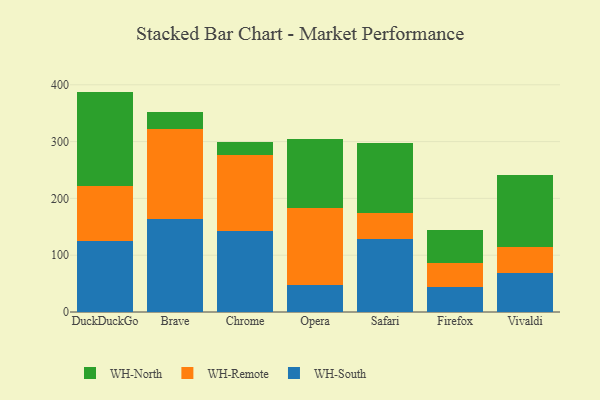
{"axis": {"x": "Browser", "y": "Backlog"}, "legend": ["WH-North", "WH-Remote", "WH-South"], "data": [{"x": "DuckDuckGo", "y": 125.5, "type": "WH-South"}, {"x": "DuckDuckGo", "y": 96.8, "type": "WH-Remote"}, {"x": "DuckDuckGo", "y": 165.7, "type": "WH-North"}, {"x": "Brave", "y": 164.4, "type": "WH-South"}, {"x": "Brave", "y": 157.7, "type": "WH-Remote"}, {"x": "Brave", "y": 29.5, "type": "WH-North"}, {"x": "Chrome", "y": 141.9, "type": "WH-South"}, {"x": "Chrome", "y": 133.7, "type": "WH-Remote"}, {"x": "Chrome", "y": 23.8, "type": "WH-North"}, {"x": "Opera", "y": 47.3, "type": "WH-South"}, {"x": "Opera", "y": 135.2, "type": "WH-Remote"}, {"x": "Opera", "y": 121.4, "type": "WH-North"}, {"x": "Safari", "y": 128.7, "type": "WH-South"}, {"x": "Safari", "y": 45.3, "type": "WH-Remote"}, {"x": "Safari", "y": 123.0, "type": "WH-North"}, {"x": "Firefox", "y": 43.4, "type": "WH-South"}, {"x": "Firefox", "y": 42.7, "type": "WH-Remote"}, {"x": "Firefox", "y": 58.6, "type": "WH-North"}, {"x": "Vivaldi", "y": 69.3, "type": "WH-South"}, {"x": "Vivaldi", "y": 45.0, "type": "WH-Remote"}, {"x": "Vivaldi", "y": 127.2, "type": "WH-North"}]}